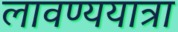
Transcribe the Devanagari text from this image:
लावण्ययात्रा